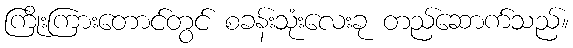
ကြိုးကြားတောင်တွင် စခန်းသုံးလေးခု တည်ဆောက်သည်။